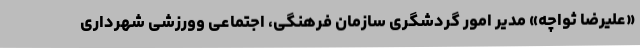
«علیرضا ثواچه» مدیر امور گردشگری سازمان فرهنگی، اجتماعی وورزشی شهرداری